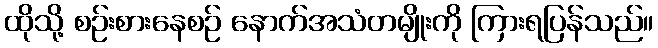
ထိုသို့ စဉ်းစားနေစဉ် နောက်အသံတမျိုးကို ကြားရပြန်သည်။